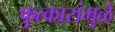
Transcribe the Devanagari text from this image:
फुत्कारांमुळे